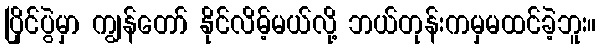
ပြိုင်ပွဲမှာ ကျွန်တော် နိုင်လိမ့်မယ်လို့ ဘယ်တုန်းကမှမထင်ခဲ့ဘူး။